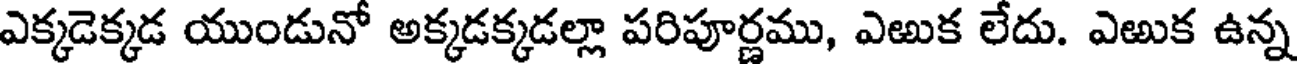
ఎక్కడెక్కడ యుండునో అక్కడక్కడల్లా పరిపూర్ణము, ఎఱుక లేదు. ఎఱుక ఉన్న